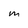
Character: m